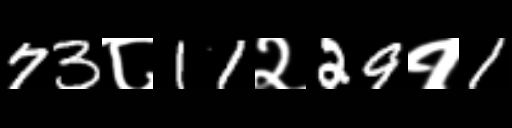
Text: 73८11२29१1